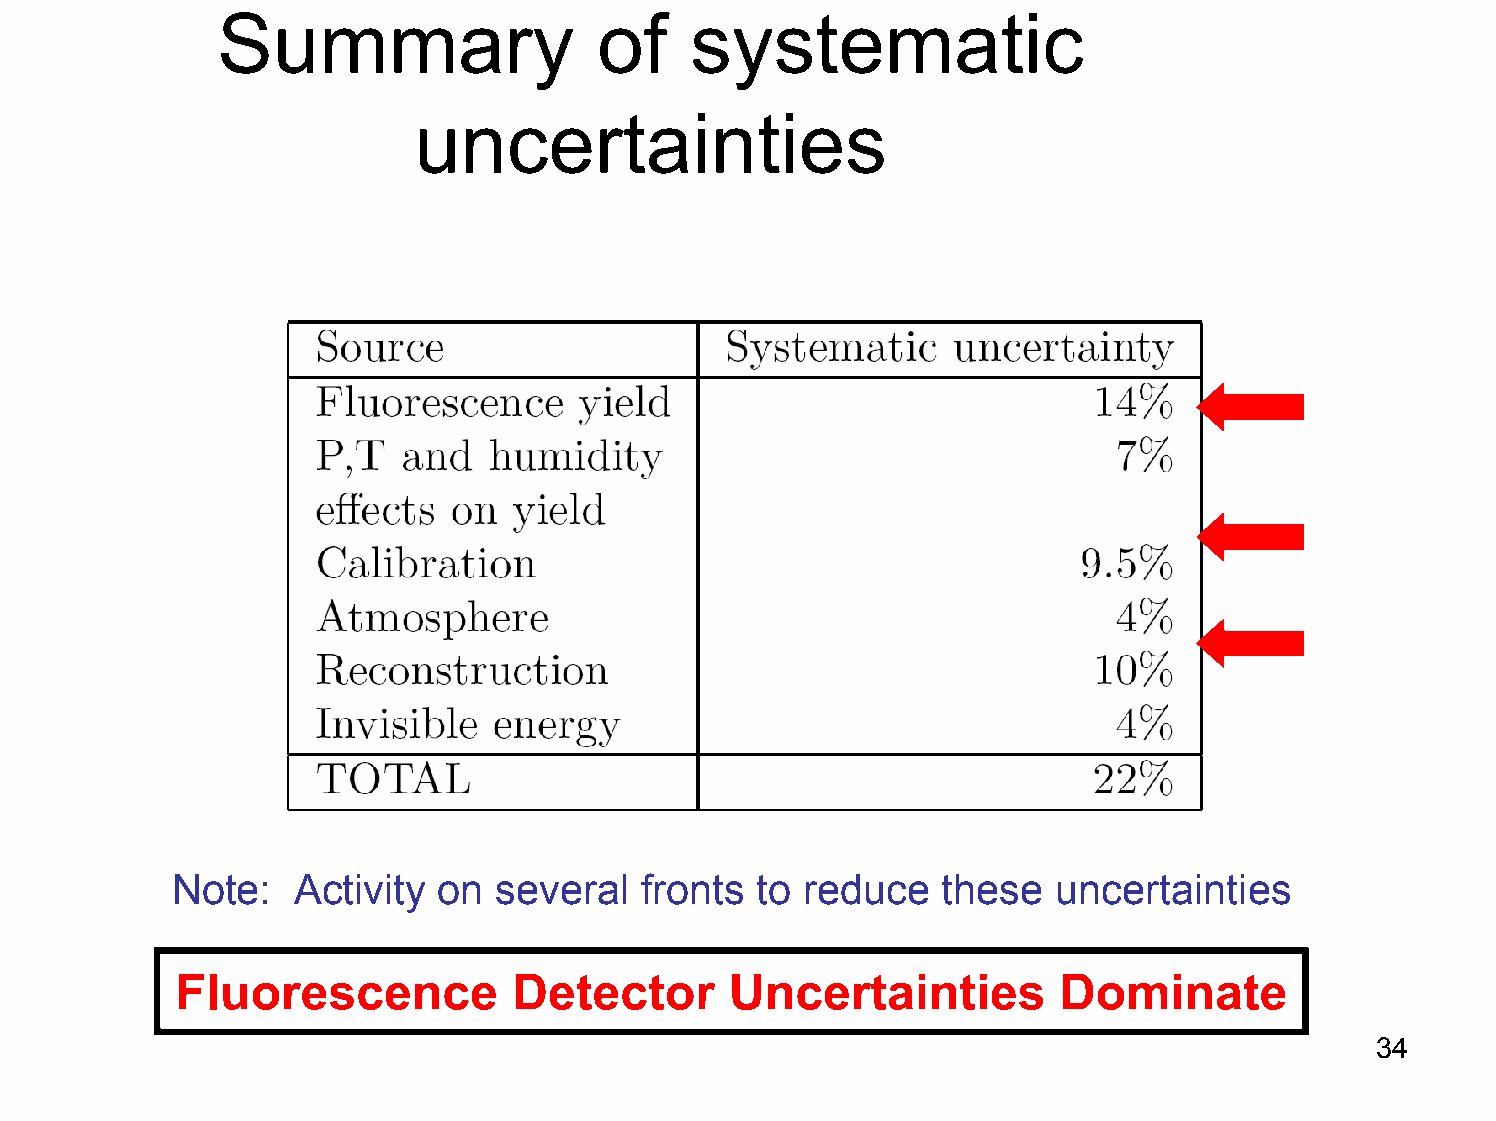
Summary                   of    systematic
 uncertainties
 Note:   Activity on  several   fronts to reduce   these   uncertainties
 Fluorescence          Detector      Uncertainties         Dominate
 34